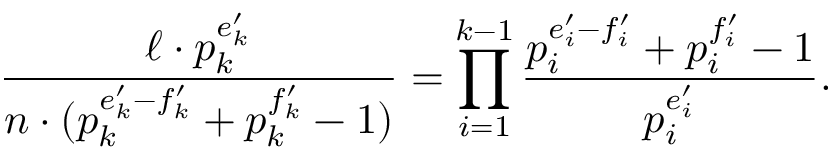
\frac { \ell \cdot p _ { k } ^ { e _ { k } ^ { \prime } } } { n \cdot ( p _ { k } ^ { e _ { k } ^ { \prime } - f _ { k } ^ { \prime } } + p _ { k } ^ { f _ { k } ^ { \prime } } - 1 ) } = \prod _ { i = 1 } ^ { k - 1 } \frac { p _ { i } ^ { e _ { i } ^ { \prime } - f _ { i } ^ { \prime } } + p _ { i } ^ { f _ { i } ^ { \prime } } - 1 } { p _ { i } ^ { e _ { i } ^ { \prime } } } .